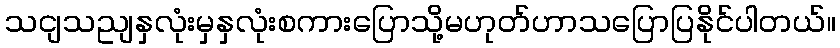
သငျသညျနှလုံးမှနှလုံးစကားပြောသို့မဟုတ်ဟာသပြောပြနိုင်ပါတယ်။